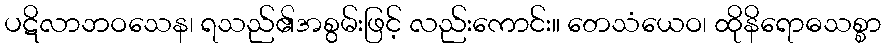
ပဋိလာဘဝသေန၊ ရသည်၏အစွမ်းဖြင့် လည်းကောင်း။ တေသံယေဝ၊ ထိုနိရောဓသစ္စာ